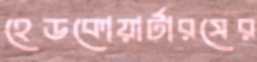
হেডকোয়ার্টারসের